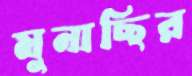
মুনাছির